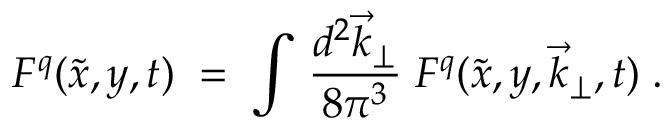
F ^ { q } ( \tilde { x } , y , t ) \; = \; \int \, { \frac { d ^ { 2 } \vec { k } _ { \perp } } { 8 \pi ^ { 3 } } } \; F ^ { q } ( \tilde { x } , y , \vec { k } _ { \perp } , t ) \; .